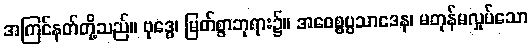
အကြင်နတ်တို့သည်။ ဗုဒ္ဓေ၊ မြတ်စွာဘုရား၌။ အဝေစ္စပ္ပသာဒေန၊ မတုန်မလှုပ်သော